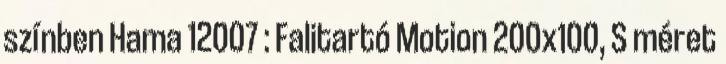
színben Hama 12007 : Falitartó Motion 200x100, S méret